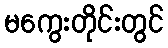
မကွေးတိုင်းတွင်